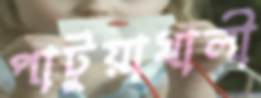
পাটুয়াখালী